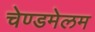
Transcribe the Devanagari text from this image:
चेण्डमेलम